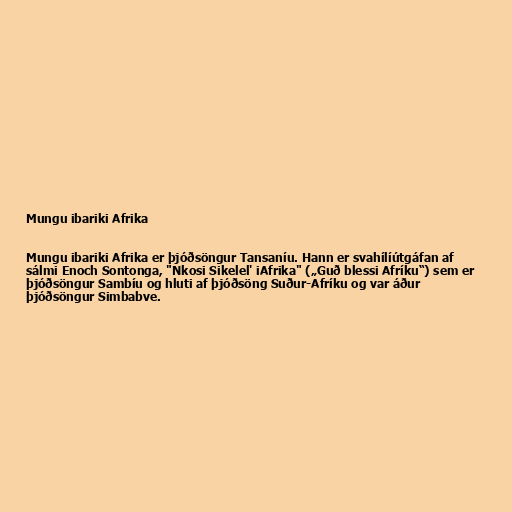
Mungu ibariki Afrika

Mungu ibariki Afrika er þjóðsöngur Tansaníu. Hann er svahílíútgáfan af
sálmi Enoch Sontonga, "Nkosi Sikelel' iAfrika" („Guð blessi Afríku“) sem er
þjóðsöngur Sambíu og hluti af þjóðsöng Suður-Afríku og var áður
þjóðsöngur Simbabve.